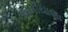
અખીયાણા